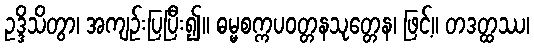
ဥဒ္ဒိသိတွာ၊ အကျဉ်းပြပြီး၍။ ဓမ္မစက္ကပဝတ္တနသုတ္တေန၊ ဖြင့်။ တဒတ္ထဿ၊